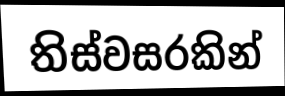
තිස්වසරකින්